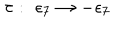
LaTeX: \tau : \, \, \epsilon _ { 7 } \rightarrow - \epsilon _ { 7 }